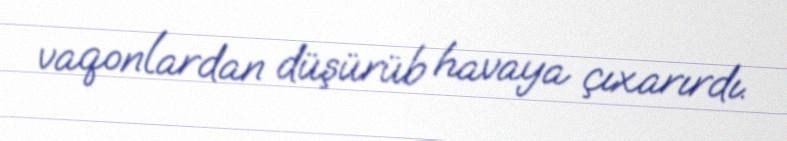
vaqonlardan düşürüb havaya çıxarırdı.